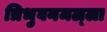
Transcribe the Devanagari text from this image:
त्रिभुवनमल्‍ला